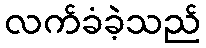
လက်ခံခဲ့သည်